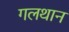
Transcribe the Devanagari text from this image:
गलथान